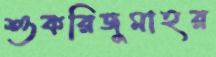
শুকরিজুমাহর